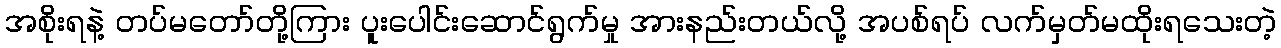
အစိုးရနဲ့ တပ်မတော်တို့ကြား ပူးပေါင်းဆောင်ရွက်မှု အားနည်းတယ်လို့ အပစ်ရပ် လက်မှတ်မထိုးရသေးတဲ့